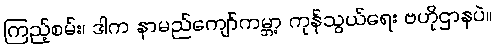
ကြည့်စမ်း၊ ဒါက နာမည်ကျော်ကမ္ဘာ့ ကုန်သွယ်ရေး ဗဟိုဌာနပဲ။